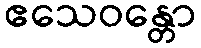
ဧသေဝန္တော